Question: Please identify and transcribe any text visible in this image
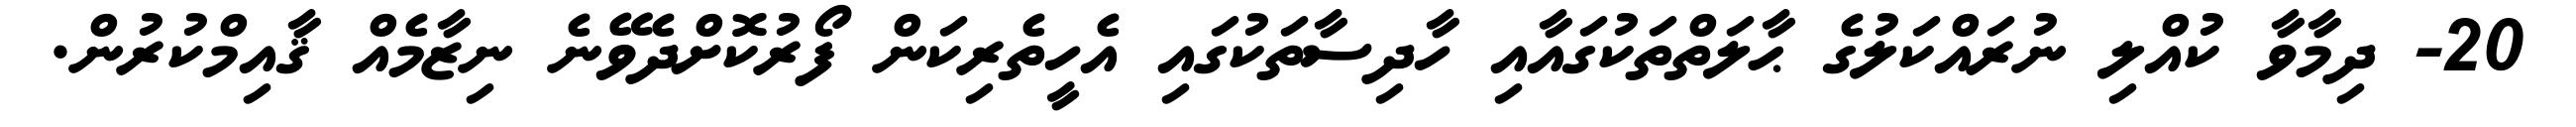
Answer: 20- ދިމާވާ ކުއްލި ނުރައްކަލުގެ ޙާލަތްތަކުގައާއި ހާދިސާތަކުގައި އެހީތެރިކަން ފޯރުކޮށްދެވޭނެ ނިޒާމެއް ޤާއިމްކުރުން.